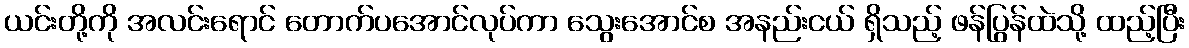
ယင်းတို့ကို အလင်းရောင် တောက်ပအောင်လုပ်ကာ သွေးအောင်စ အနည်းငယ် ရှိသည့် ဖန်ပြွန်ထဲသို့ ထည့်ပြီး